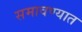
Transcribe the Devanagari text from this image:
समावण्यात